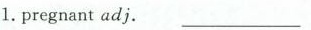
1.pregnant adj._________